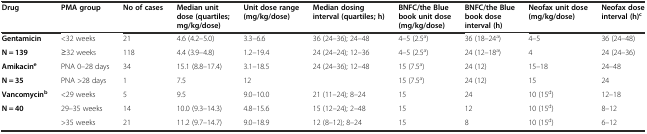
<table><thead><tr><td><b>Drug</b></td><td><b>PMA group</b></td><td><b>No of cases</b></td><td><b>Median unit dose (quartiles; mg/kg/dose)</b></td><td><b>Unit dose range (mg/kg/dose)</b></td><td><b>Median dosing interval (quartiles; h)</b></td><td><b>BNFC/the Blue book unit dose (mg/kg/dose)</b></td><td><b>BNFC/the Blue book dose interval (h)</b></td><td><b>Neofax unit dose (mg/kg/dose)</b></td><td><b>Neofax dose interval (h)<sup>c</sup></b></td></tr></thead><tbody><tr><td><b>Gentamicin</b></td><td>&lt;32 weeks</td><td>21</td><td>4.6 (4.2–5.0)</td><td>3.3–6.6</td><td>36 (24–36); 24–48</td><td>4–5 (2.5<sup>a</sup>)</td><td>36 (18–24<sup>a</sup>)</td><td>4–5</td><td>36 (24–48)</td></tr><tr><td><b>N = 139</b></td><td>≥32 weeks</td><td>118</td><td>4.4 (3.9–4.8)</td><td>1.2–19.4</td><td>24 (24–24); 12–36</td><td>4–5 (2.5<sup>a</sup>)</td><td>24 (12–18<sup>a</sup>)</td><td>4</td><td>24 (24–36)</td></tr><tr><td><b>Amikacin</b><sup><b>e</b></sup></td><td>PNA 0–28 days</td><td>34</td><td>15.1 (8.8–17.4)</td><td>3.1–18.5</td><td>24 (24–36); 12–48</td><td>15 (7.5<sup>a</sup>)</td><td>24 (12)</td><td>15–18</td><td>24–48</td></tr><tr><td><b>N = 35</b></td><td>PNA &gt;28 days</td><td>1</td><td>7.5</td><td>12</td><td></td><td>15 (7.5<sup>a</sup>)</td><td>24 (12)</td><td>15</td><td>24</td></tr><tr><td><b>Vancomycin</b><sup><b>b</b></sup></td><td>&lt;29 weeks</td><td>5</td><td>9.5</td><td>9.0–10.0</td><td>21 (11–24); 8–24</td><td>15</td><td>24</td><td>10 (15<sup>d</sup>)</td><td>12–18</td></tr><tr><td><b>N = 40</b></td><td>29–35 weeks</td><td>14</td><td>10.0 (9.3–14.3)</td><td>4.8–15.6</td><td>15 (12–24); 2–48</td><td>15</td><td>12</td><td>10 (15<sup>d</sup>)</td><td>8–12</td></tr><tr><td></td><td>&gt;35 weeks</td><td>21</td><td>11.2 (9.7–14.7)</td><td>9.0–18.9</td><td>12 (8–12); 8–24</td><td>15</td><td>8</td><td>10 (15<sup>d</sup>)</td><td>6–12</td></tr></tbody></table>